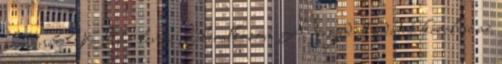
szeretnék VIP lenni, feliratkozom A megadott adatok kezelése az